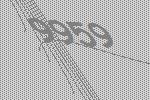
9959